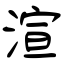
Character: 渲